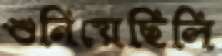
শুনিয়েছিলি